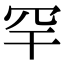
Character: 罕